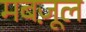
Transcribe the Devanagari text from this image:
मबज़ूल